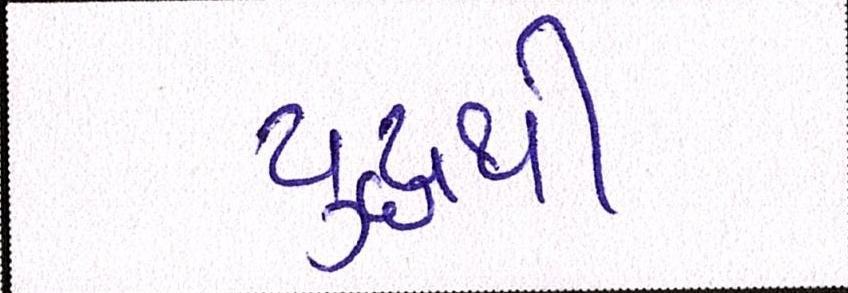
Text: યુદ્ધથી